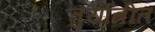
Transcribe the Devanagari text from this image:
तुर्यातीत